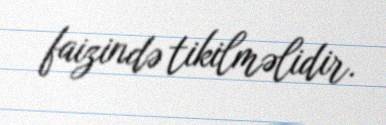
faizində tikilməlidir.